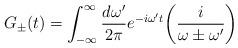
LaTeX: \begin{align*}G_\pm(t)=\int_{-\infty}^\infty {d\omega'\over2\pi}e^{-i\omega' t}\biggl({i\over \omega\pm\omega'}\biggr)\end{align*}